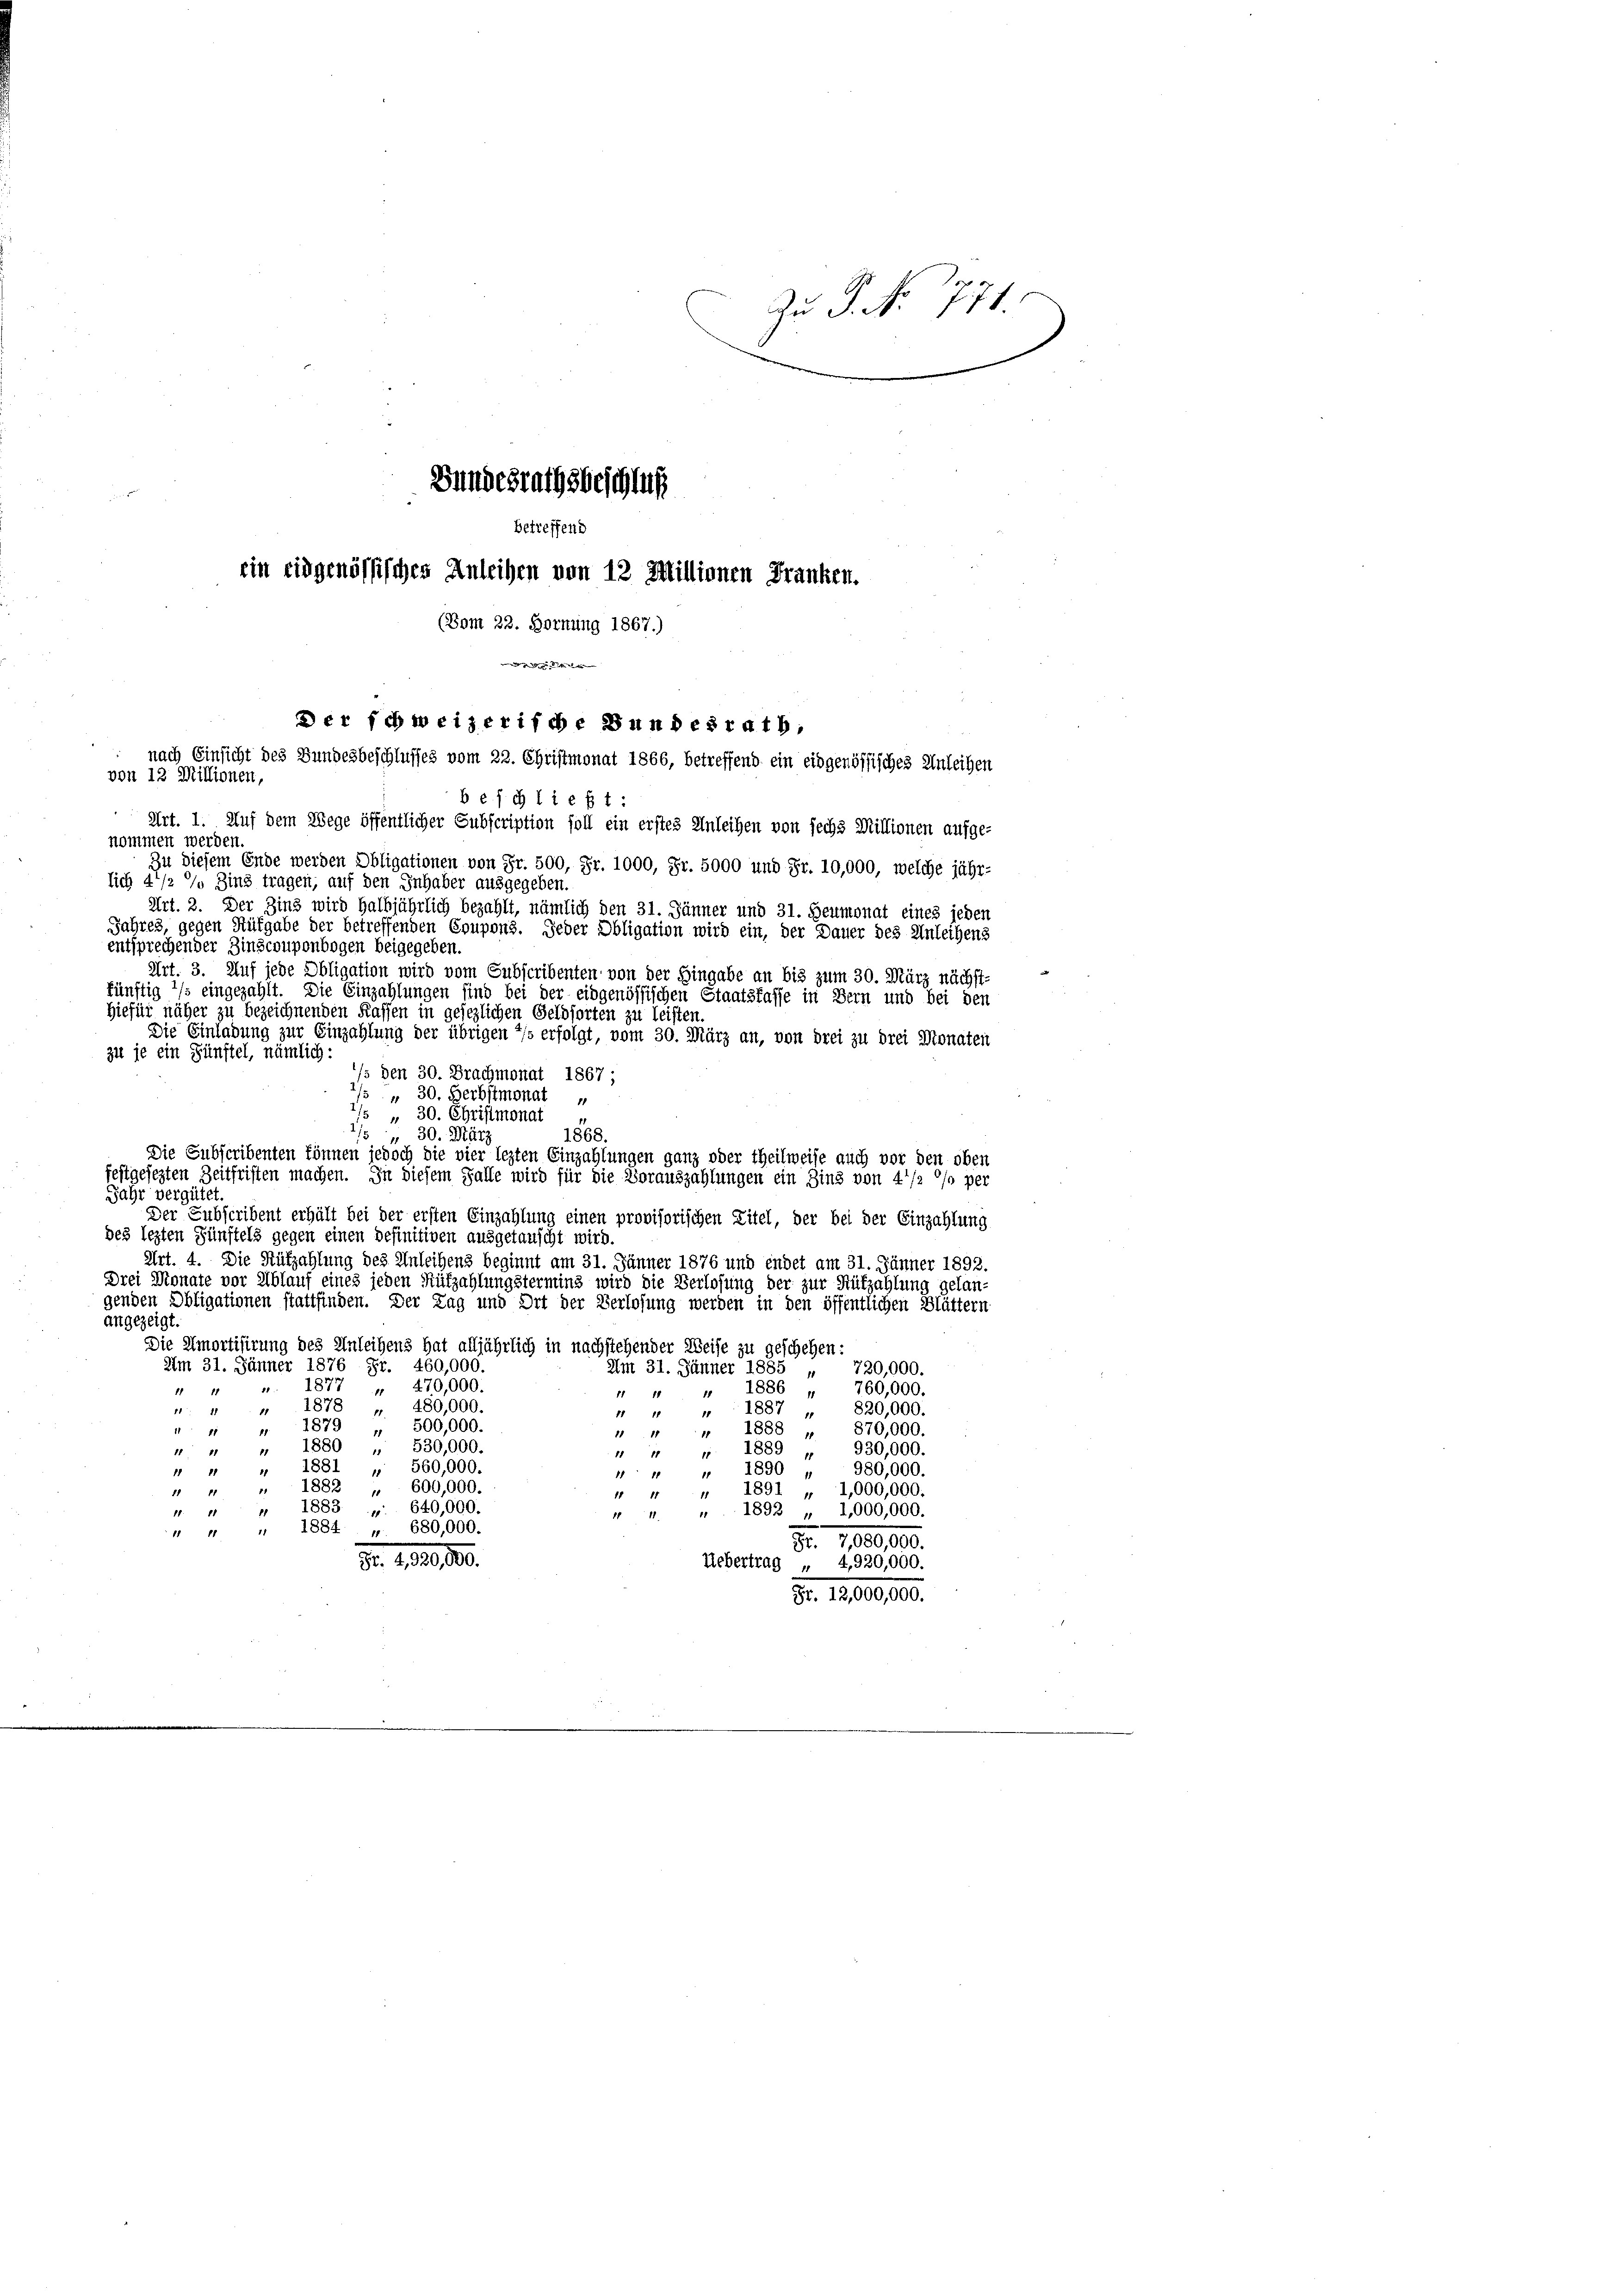
Zu P. No 771.
Bundesrathsbeschluß
betreffend

ein eidgenössisches Anleihen von 12 Millionen Franken.
(Vom 22. Hornung 1867.)

Der schweizerische Bundesrath,
nach Einsicht des Bundesbeschlusses vom 22. Christmonat 1866, betreffend ein eidgenössisches Anleihen
von 12 Millionen,

b e f g ließt:
 Art. 1. Auf dem Wege öffentlicher Subscription soll ein erstes Anleihen von sechs Millionen aufge-
nommen werden.
Zu diesem Ende werden Obligationen von Fr. 500, Fr. 1000, Fr. 5000 und Fr. 10,000, welche jähr-
lich 4 1/2 % Zins tragen, auf den Inhaber ausgegeben.
Art. 2. Der Zins wird halbjährlich bezahlt, nämlich den 31. Jänner und 31. Heumonat eines jeden
Jahres, gegen Aufgabe der betreffenden Coupons. Jeder Obligation wird ein, der Dauer des Anleihens
entsprechender Zinscouponbogen beigegeben.
Art. 3. Auf jede Obligation wird vom Subscribenten von der Hingabe an bis zum 30. März nächst-
künftig */s eingezahlt. Die Einzahlungen sind bei der eidgenössischen Staatsfasse in Bern und bei den
Hiefür näher zu bezeichnenden Kaffen in gesezlichen Geldsorten zu leisten.
Die Einladung zur Einzahlung der übrigen */s erfolgt, vom 30. März an, von drei zu drei Monaten
zu je ein Zünftel, nämlich:
/s den 30. Brachmonat 1867;
" 30. Herbstmonat
7/5 " 30. Christmonat
184
1868.
30. März
Die Subscribenten können jedoch die vier lezten Einzahlungen ganz oder Theilweise auch vor den oben
festgesezten Zeitfristen machen. In diesem Falle wird für die Vorauszahlungen ein Zins von 4'/2 °/o per
Jahr vergütet.
Der Subscribent erhält bei der ersten Einzahlung einen provisorischen Zitel, der bei der Einzahlung
des lezten Zünftels gegen einen definitiven ausgetauscht wird.
Art. 4. Die Rükzahlung des Anleihens beginnt am 31. Jänner 1876 und endet am 31. Jänner 1892.
Drei Monate vor Ablauf eines jeden Rüfzahlungstermins wird die Verlosung der zur Hüfzahlung gelan-
genden Obligationen stattfinden. Der Tag und Ort der Verlosung werden in den öffentlichen Blättern
angezeigt.
Die Amortisirung des Anleihens hat alljährlich in nachstehender Weise zu geschehen:
Am 31. Jänner 1876 Fr. 460,000.
Am 31. Jänner 1885 „ 720,000.
1877 „ 470,000.
1886
760,000.
11 11
1111
1878 „ 480,000.
1887 „ 820,000.
11: 11
11
11 18
1879 „ 500,000.
1888 „ 870,000.
1111
1880 " 530,000.
930,000.
1889
11
11 1
1881 " 560,000.
1890
980,000.
18
.
1111
1882 " 600,000.
1891 „ 1,000,000.
1 11
1883 „ 640,000.
 " " 1892 „ 1,000,000.
1884 " 680,000.
11 11
Fr. 1880,00.
Fr. 1.10.1890.
Uebertrag „ 4,920,000.
Fr. 12,000,000.